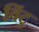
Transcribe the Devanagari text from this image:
विंटु